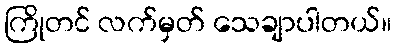
ကြိုတင် လက်မှတ် သေချာပါတယ်။